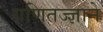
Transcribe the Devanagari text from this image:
गणितज्ज्ञाने